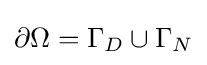
\partial \Omega =\Gamma _{D}\cup \Gamma _{N}